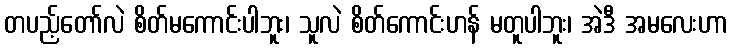
တပည့်တော်လဲ စိတ်မကောင်းပါဘူး၊ သူလဲ စိတ်ကောင်းဟန် မတူပါဘူး၊ အဲဒီ အမလေးဟာ